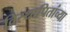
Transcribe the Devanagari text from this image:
विस्थापितांच्या